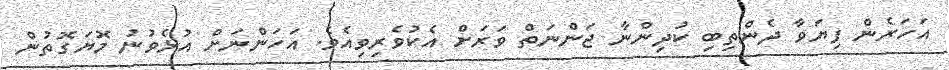
އަހަރެން ފިޔަވާ ދެންތިބި ކުދިންނާ ޖަންނަތް ވަރަަށް އެކުވެރިވިއެވެ. އަހަންނަށް އުޅެވުނު މޮޔަގޮތުން